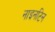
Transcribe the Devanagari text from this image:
नाइनटिन